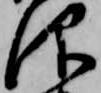
仰